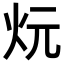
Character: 𪸑